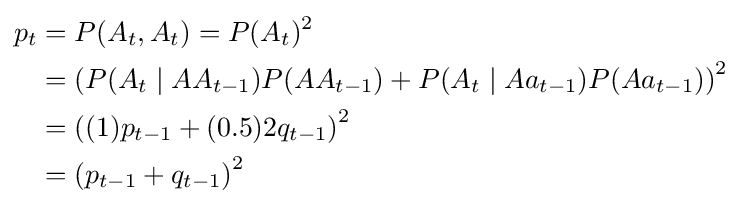
{\begin{aligned}p_{t}&=P(A_{t},A_{t})=P(A_{t})^{2}\\&=\left(P(A_{t}\mid AA_{t-1})P(AA_{t-1})+P(A_{t}\mid Aa_{t-1})P(Aa_{t-1})\right)^{2}\\&=\left((1)p_{t-1}+(0.5)2q_{t-1}\right)^{2}\\&=\left(p_{t-1}+q_{t-1}\right)^{2}\end{aligned}}